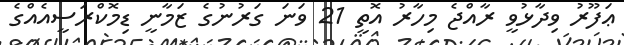
ޢަފޫރު ވިދާޅުވީ ރާއްޖެ މިހާރު އޮތީ 21 ވަނަ ގަރުނުގެ ޒަމާނީ ޑިމޮކްރަސީއެއްގެ